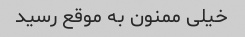
خیلی ممنون به موقع رسید